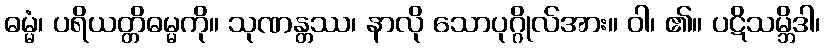
ဓမ္မံ၊ ပရိယတ္တိဓမ္မကို။ သုဏန္တဿ၊ နာလို သောပုဂ္ဂိုလ်အား။ ဝါ၊ ၏။ ပဋိသမ္ဘိဒါ၊